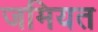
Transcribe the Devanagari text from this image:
जमियत